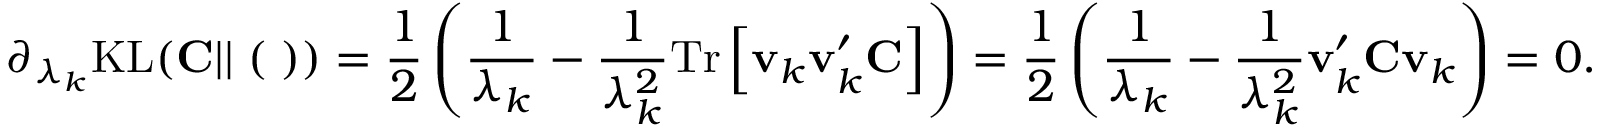
\partial _ { \lambda _ { k } } \mathrm { K L } ( { \bf C } | | { \bf \Xi } ( { \bf \Lambda } ) ) = \frac { 1 } { 2 } \left( \frac { 1 } { \lambda _ { k } } - \frac { 1 } { \lambda _ { k } ^ { 2 } } \mathrm { T r } \left[ { \bf v } _ { k } { \bf v } _ { k } ^ { \prime } { \bf C } \right] \right) = \frac { 1 } { 2 } \left( \frac { 1 } { \lambda _ { k } } - \frac { 1 } { \lambda _ { k } ^ { 2 } } { \bf v } _ { k } ^ { \prime } { \bf C } { \bf v } _ { k } \right) = 0 .